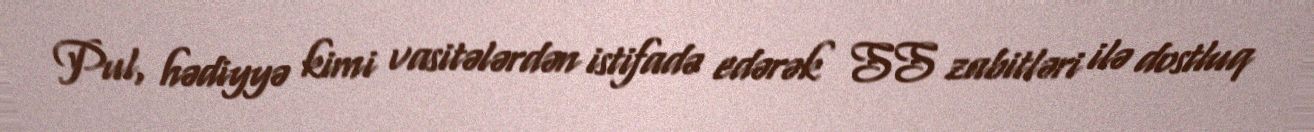
Pul, hədiyyə kimi vasitələrdən istifadə edərək SS zabitləri ilə dostluq